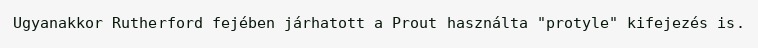
Ugyanakkor Rutherford fejében járhatott a Prout használta "protyle" kifejezés is.